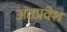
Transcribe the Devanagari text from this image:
अंतप्रवेश